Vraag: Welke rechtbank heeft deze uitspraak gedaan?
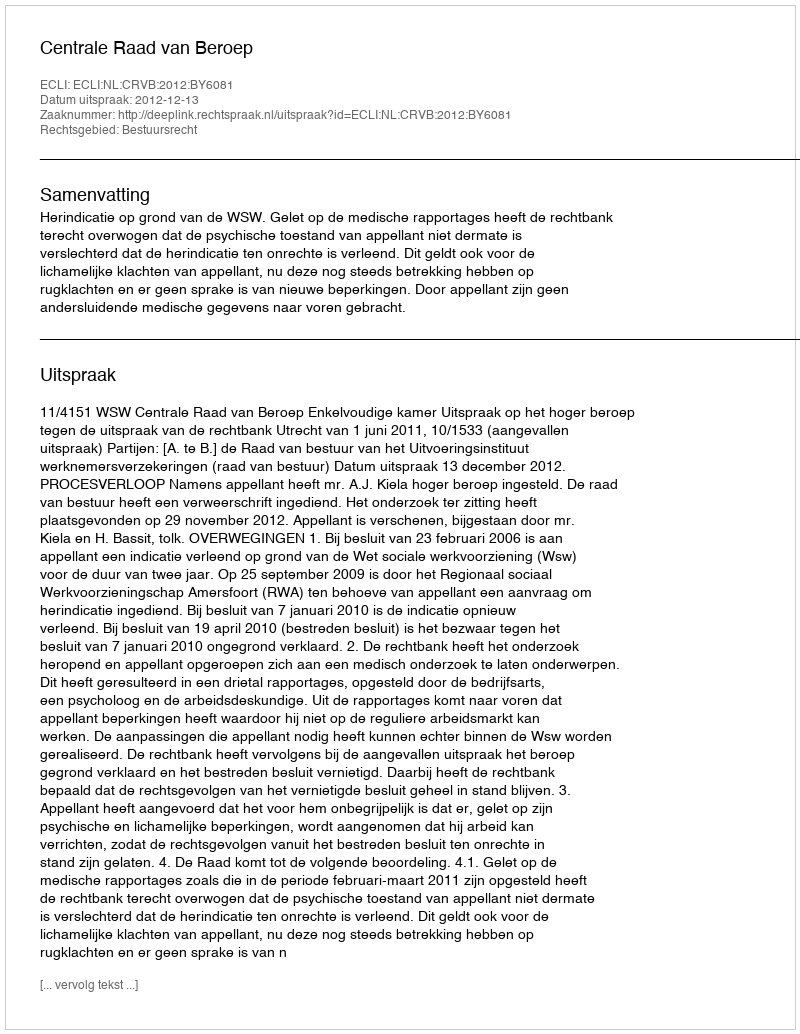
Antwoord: Centrale Raad van Beroep